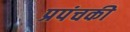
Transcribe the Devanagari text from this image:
प्रपंचकी